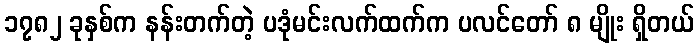
၁၇၈၂ ခုနှစ်က နန်းတက်တဲ့ ပဒုံမင်းလက်ထက်က ပလင်တော် ၈ မျိုး ရှိတယ်